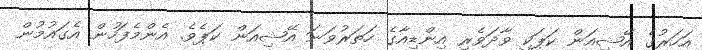
އަހަރުގެ އޭޝިއަން ކަޕަކީ ވާދަވެރި އިންޑިއާގެ ހަތަރުވަނަ އޭޝިއަން ކަޕެވެ. އެންމެފަހުން އެގައުމުން